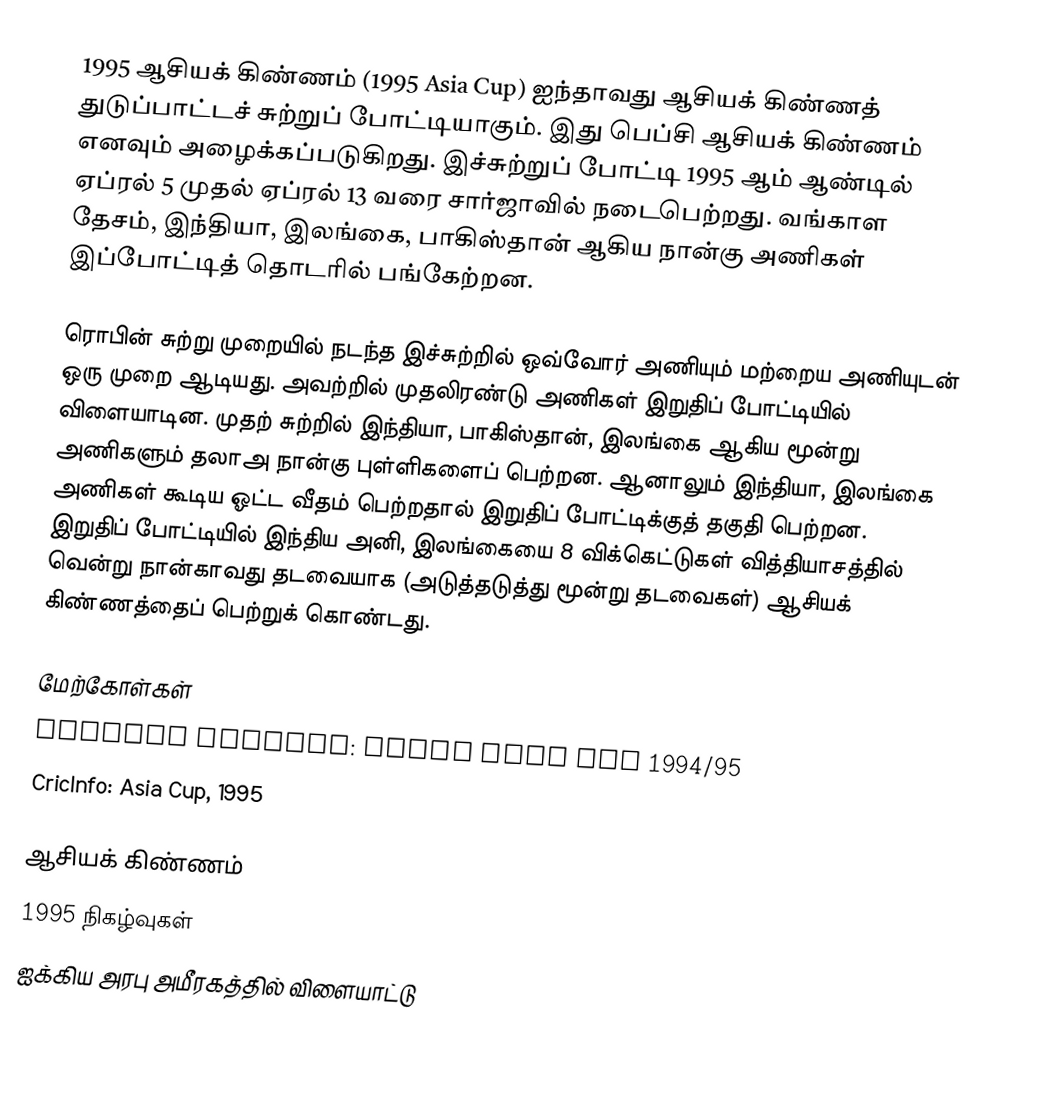
1995 ஆசியக் கிண்ணம் (1995 Asia Cup) ஐந்தாவது ஆசியக் கிண்ணத் துடுப்பாட்டச் சுற்றுப் போட்டியாகும். இது பெப்சி ஆசியக் கிண்ணம் எனவும் அழைக்கப்படுகிறது. இச்சுற்றுப் போட்டி 1995 ஆம் ஆண்டில் ஏப்ரல் 5 முதல் ஏப்ரல் 13 வரை சார்ஜாவில் நடைபெற்றது. வங்காள தேசம், இந்தியா, இலங்கை, பாகிஸ்தான் ஆகிய நான்கு அணிகள் இப்போட்டித் தொடரில் பங்கேற்றன.

ரொபின் சுற்று முறையில் நடந்த இச்சுற்றில் ஒவ்வோர் அணியும் மற்றைய அணியுடன் ஒரு முறை ஆடியது. அவற்றில் முதலிரண்டு அணிகள் இறுதிப் போட்டியில் விளையாடின. முதற் சுற்றில் இந்தியா, பாகிஸ்தான், இலங்கை ஆகிய மூன்று அணிகளும் தலாஅ நான்கு புள்ளிகளைப் பெற்றன. ஆனாலும் இந்தியா, இலங்கை அணிகள் கூடிய ஓட்ட வீதம் பெற்றதால் இறுதிப் போட்டிக்குத் தகுதி பெற்றன. இறுதிப் போட்டியில் இந்திய அனி, இலங்கையை 8 விக்கெட்டுகள் வித்தியாசத்தில் வென்று நான்காவது தடவையாக (அடுத்தடுத்து மூன்று தடவைகள்) ஆசியக் கிண்ணத்தைப் பெற்றுக் கொண்டது.

மேற்கோள்கள்
 Cricket Archive: Pepsi Asia Cup 1994/95
 CricInfo: Asia Cup, 1995

ஆசியக் கிண்ணம்
1995 நிகழ்வுகள்
ஐக்கிய அரபு அமீரகத்தில் விளையாட்டு